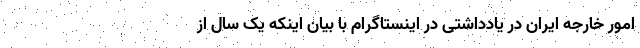
امور خارجه ایران در یادداشتی در اینستاگرام با بیان اینکه یک سال از